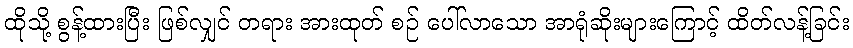
ထိုသို့ စွန့်ထားပြီး ဖြစ်လျှင် တရား အားထုတ် စဉ် ပေါ်လာသော အာရုံဆိုးများကြောင့် ထိတ်လန့်ခြင်း